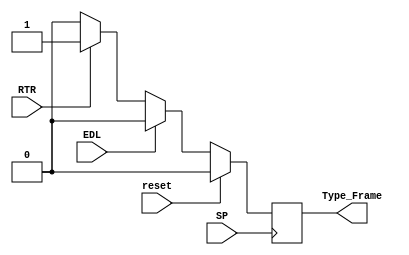
module TypeOfFrameBlock(
	input reset, SP, EDL, RTR,
	output reg Type_Frame
);

initial Type_Frame = 1'b0;

always@(posedge SP) begin
	if(reset == 1) begin
		Type_Frame <= 1'b0;
	end
	else begin
		if (EDL == 1) begin
			Type_Frame <= 1'b0;
		end
		else begin //ELD == 0
			if(RTR == 1'b0) begin
				Type_Frame <= 1'b0;
			end
			else begin
				Type_Frame <=  1'b1;
			end
		end
	end
end
endmodule